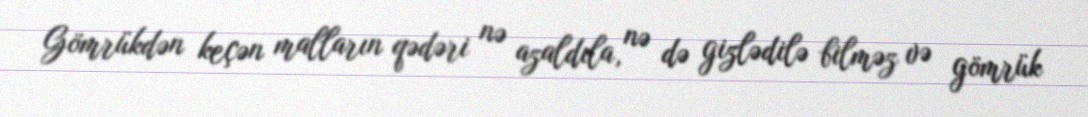
Gömrükdən keçən malların qədəri nə azaldıla, nə də gizlədilə bilməz və gömrük